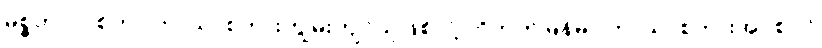
မစ္စတာလုစ်ဟာ ဘာသာစကားကျွမ်းကျင်သူဖြစ်လို့ တိဘက်မြန်မာ ဘာသာစကားအုပ်စုဝင်